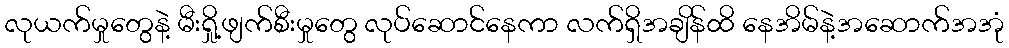
လုယက်မှုတွေနဲ့ မီးရှို့ဖျက်စီးမှုတွေ လုပ်ဆောင်နေကာ လက်ရှိအချိန်ထိ နေအိမ်နဲ့အဆောက်အအုံ